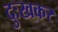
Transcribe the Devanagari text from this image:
दुःखकर